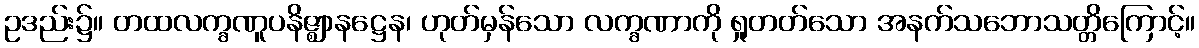
ဥဒည်း၌။ တထလက္ခဏူပနိဇ္ဈာနဋ္ဌေန၊ ဟုတ်မှန်သော လက္ခဏာကို ရှုတတ်သော အနက်သဘောသတ္တိကြောင့်။